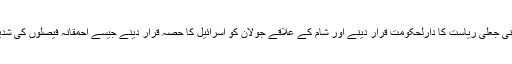
انہوں نے امریکی صدر کی جانب سے فلسطین کے شہر یروشلم کو صہیونی جعلی ریاست کا دارلحکومت قرار دینے اور شام کے علاقے جولان کو اسرائیل کا حصہ قرار دینے جیسے احمقانہ فیصلوں کی شدید مذمت کی اور کہا کہ دنیا امریکی صدر کے فیصلوں کی پابند نہیں ہے۔